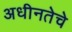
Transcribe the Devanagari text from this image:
अधीनतेचे